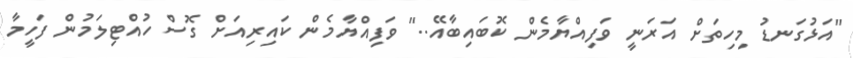
"އަޅުގަނޑު މިހިތަށް އަރަނީ ވަފިއްޔާމެން ކޮބައިބާއޭ.." ވަފިއްޔާމެން ކައިރިއަށް ގޮސް ހުއްޓިލަމުން ފަހީމާ